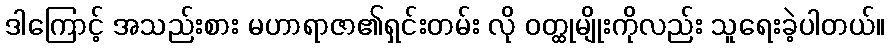
ဒါကြောင့် အသည်းစား မဟာရာဇာ၏ရှင်းတမ်း လို ဝတ္ထုမျိုးကိုလည်း သူရေးခဲ့ပါတယ်။